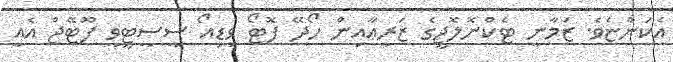
އެކަންޏެވެ. ޒަމާނީ ޓެކްނޮލޮޖީގެ ޒަރީޢާއިން ހޯދޭ ފޮޓޯ ވީޑިއޯ ސީސީޓީވީ ފޫޓޭޖް އެއީ